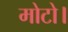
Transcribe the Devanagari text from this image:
मोटो।